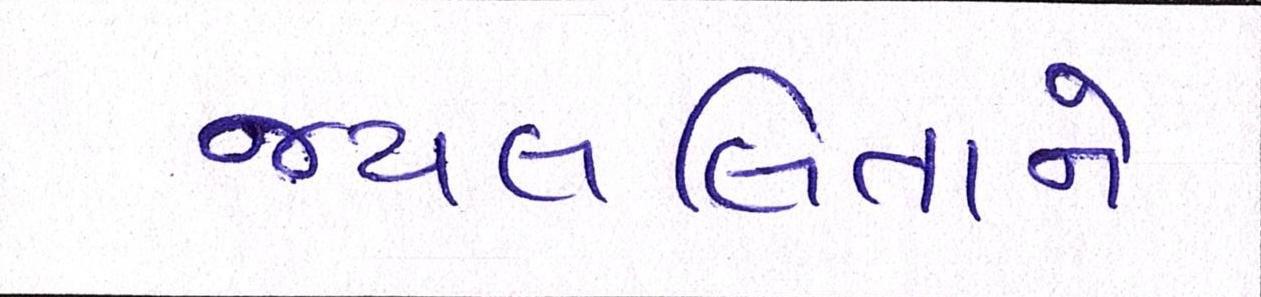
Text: જયલલિતાને